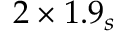
2 \times 1 . 9 _ { s }